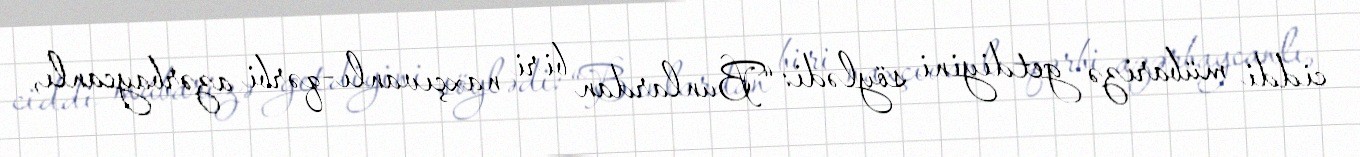
ciddi mübarizə getdiyini söylədi: “Bunlardan biri naxçıvanlı-qərbi azərbaycanlı,